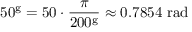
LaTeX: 5 0 ^ { \mathrm { g } } = 5 0 \cdot { \frac { \pi } { 2 0 0 ^ { \mathrm { g } } } } \approx 0 . 7 8 5 4 { \mathrm { ~ r a d } }